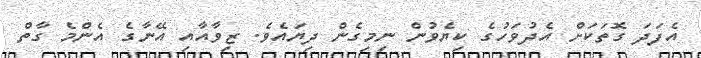
އެފަދަ ގޮތަކަށް އެދުވަހުގެ ކިޔެވުން ނިމިގެން ދިޔައެވެ. ޒިވާއާއި އޭނާގެ އެންމެ ގާތް